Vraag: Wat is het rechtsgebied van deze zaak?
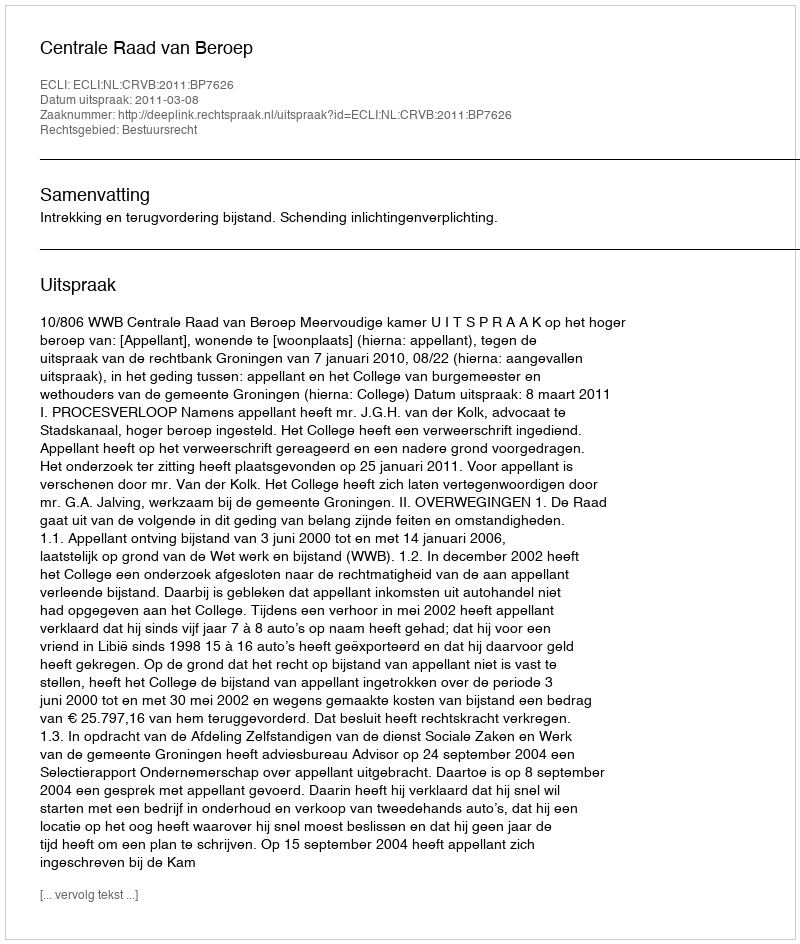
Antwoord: Bestuursrecht